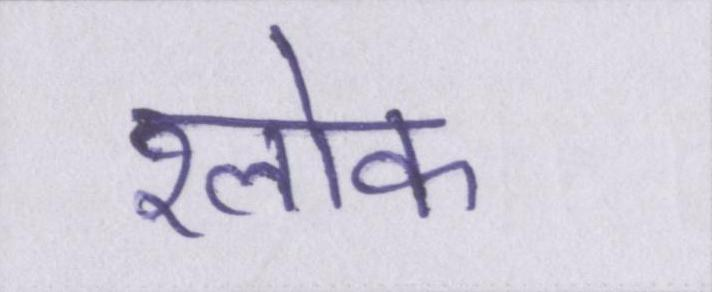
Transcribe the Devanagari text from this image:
श्लोक